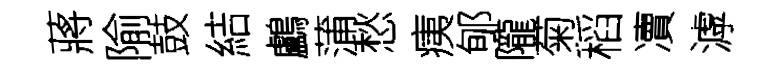
蔣隃鼓結鸕蒲愁痍郇隴菊稻凟滹